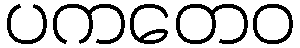
ပကတေဝ